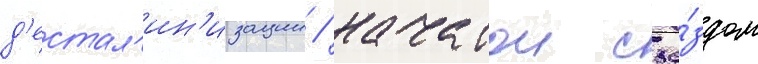
д'естал'ин'изации / начатои съе́здом